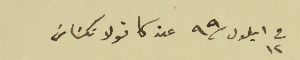
فى ١٢ ايلول /٩٩ عن كانولا تكسَاسَ